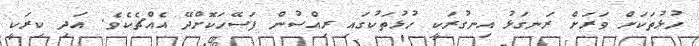
ހުޅުތަކަށް ވަރަށް ރަނގަޅު އިނގުރަކީ ހުޅުތަކުގައި ރިއްސުން ފަސޭހަކޮށްދޭ އެއްޗެކެވެ. އަދި ކިރަކީ